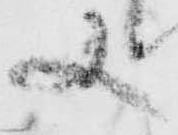
又